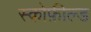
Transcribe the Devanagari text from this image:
स्कोफ़ील्ड